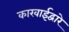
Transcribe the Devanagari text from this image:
कारवाईद्वारे